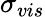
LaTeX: \sigma_{vis}